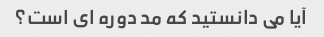
آیا می دانستید که مد دوره ای است؟